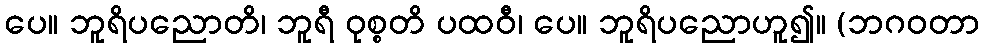
ပေ။ ဘူရိပညောတိ၊ ဘူရီ ဝုစ္စတိ ပထဝီ၊ ပေ။ ဘူရိပညောဟူ၍။ (ဘဂဝတာ